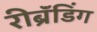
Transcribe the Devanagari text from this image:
रीब्रॅंडिंग